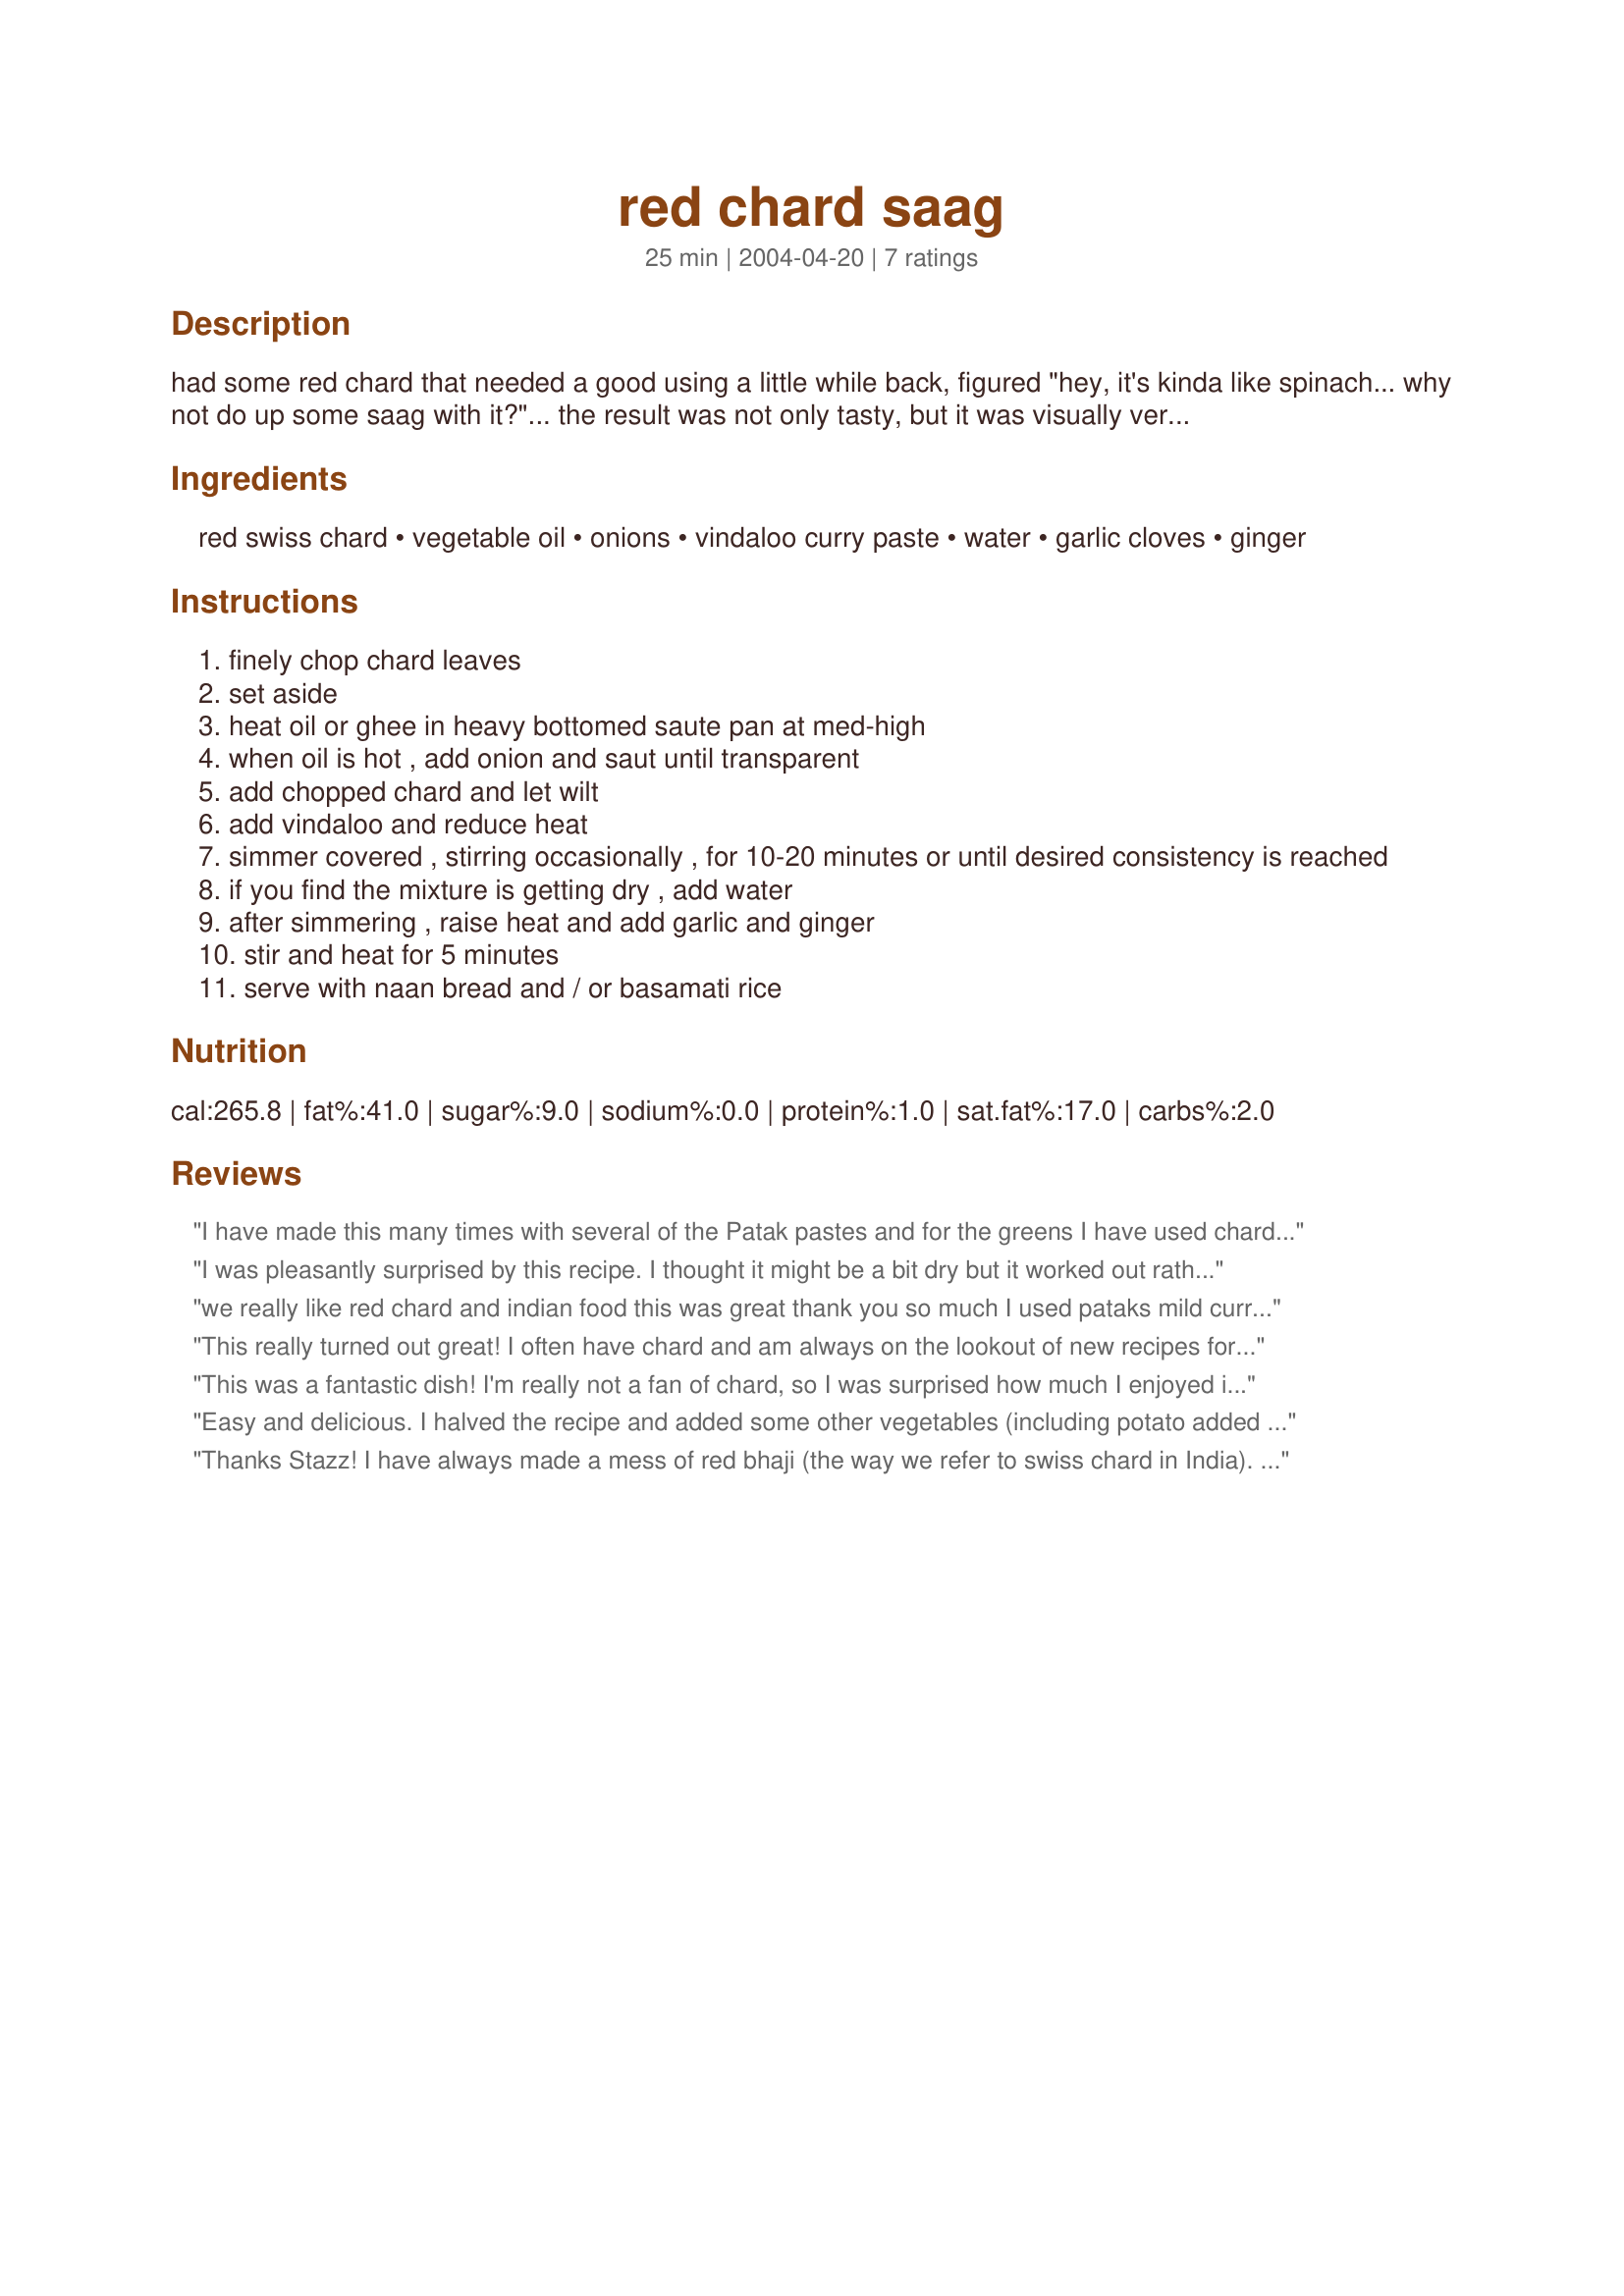
red chard saag
Preparation time: 25 minutes

had some red chard that needed a good using a little while back, figured "hey, it's kinda like spinach... why not do up some saag with it?"... the result was not only tasty, but it was visually very stunning as well. i use patak's vindaloo sauce here, as it's a quick way to get the right balance of spices, but if you've got a spice set that you like, that will no doubt work too.

Ingredients:
red swiss chard, vegetable oil, onions, vindaloo curry paste, water, garlic cloves, ginger

Steps:
finely chop chard leaves
set aside
heat oil or ghee in heavy bottomed saute pan at med-high
when oil is hot , add onion and saut until transparent
add chopped chard and let wilt
add vindaloo and reduce heat
simmer covered , stirring occasionally , for 10-20 minutes or until desired consistency is reached
if you find the mixture is getting dry , add water
after simmering , raise heat and add garlic and ginger
stir and heat for 5 minutes
serve with naan bread and / or basamati rice

Reviews:
I have made this many times with several of the Patak pastes and for the greens I have used chard, amaranth, spinach, kale, beet greens, and even radish greens. This is a wonderful way to enjoy the leafy greens that you may otherwise have no idea what to do with.
I was pleasantly surprised by this recipe. I thought it might be a bit dry but it worked out rather well. The recipe doesn't say how big a bunch of chard to use, but I used about 200g and half of all the other quantities to make enough for about 2 people. I only needed to simmer for 10 minutes before adding the garlic and ginger. I served it with samosas and basmati rice. Thank you!
we really like red chard and indian food this was great thank you so much I used pataks mild curry paste and it came out just fine
This really turned out great! I often have chard and am always on the lookout of new recipes for it -- this one will definitely be a keeper. Thanks!
This was a fantastic dish! I'm really not a fan of chard, so I was surprised how much I enjoyed it. We're making it for dinner tonight!
Easy and delicious. I halved the recipe and added some other vegetables (including potato added with the onions at the start) that needed to be used up to make a good one pot meal. Served with homeade garlic naan.
Thanks Stazz! I have always made a mess of red bhaji (the way we refer to swiss chard in India). It always looked unappetizing and didn't taste good either. But today it turned out delicious thanks your delicious recipe. 
Thanks very much for sharing.
